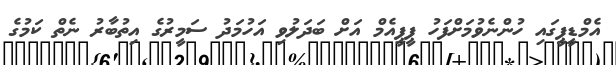
އެމްޑީޕީގައި ހުންނެވުމަށްފަހު ޕީޕީއެމް އަށް ބަދަލުވި އަހުމަދު ސަމީރުގެ އިތުބާރު ނެތް ކަމުގެ